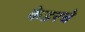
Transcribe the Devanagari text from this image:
केडरचे